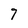
Character: 7